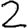
Digit: 2